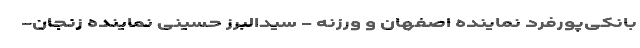
بانکی‌پورفرد نماینده اصفهان و ورزنه - سیدالبرز حسینی نماینده زنجان-